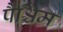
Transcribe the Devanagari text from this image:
पैश्चिम